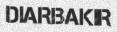
DIARBAKIR